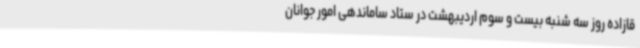
قازاده روز سه شنبه بیست و سوم اردیبهشت در ستاد ساماندهی امور جوانان